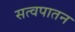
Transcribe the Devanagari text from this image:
सत्वपातन